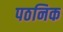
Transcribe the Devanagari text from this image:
पठनिक